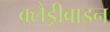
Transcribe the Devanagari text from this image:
क्लैड्रीबाइन